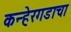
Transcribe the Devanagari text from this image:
कन्हेरगडाचा